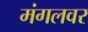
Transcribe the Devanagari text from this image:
मंगलवर